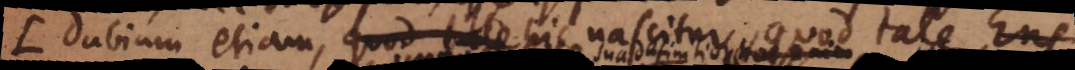
(: Dubium etiam, quod tale hic nascitur, quod tale Ens